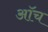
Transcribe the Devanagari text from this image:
ऑच